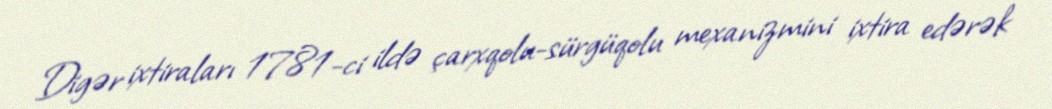
Digər ixtiraları 1781-ci ildə çarxqolu-sürgüqolu mexanizmini ixtira edərək